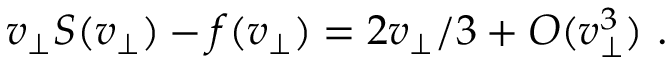
v _ { \perp } S ( v _ { \perp } ) - f ( v _ { \perp } ) = 2 v _ { \perp } / 3 + O ( v _ { \perp } ^ { 3 } ) \ .